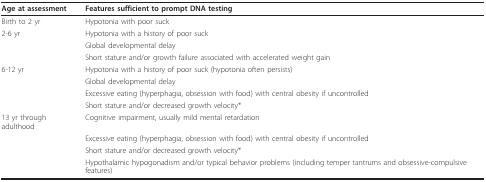
| Age at assessment | Features sufficient to prompt DNA testing |
 | --- | --- |
 | Birth to 2 yr | Hypotonia with poor suck |
 | 2-6 yr | Hypotonia with a history of poor suck |
 |  | Global developmental delay |
 |  | Short stature and/or growth failure associated with accelerated weight gain |
 | 6-12 yr | Hypotonia with a history of poor suck (hypotonia often persists) |
 |  | Global developmental delay |
 |  | Excessive eating (hyperphagia, obsession with food) with central obesity if uncontrolled |
 |  | Short stature and/or decreased growth velocity* |
 | 13 yr through adulthood | Cognitive impairment, usually mild mental retardation |
 |  | Excessive eating (hyperphagia, obsession with food) with central obesity if uncontrolled |
 |  | Short stature and/or decreased growth velocity* |
 |  | Hypothalamic hypogonadism and/or typical behavior problems (including temper tantrums and obsessive-compulsive features) |